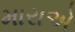
મારાએ